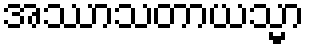
အဿာသတာယသ္မာ